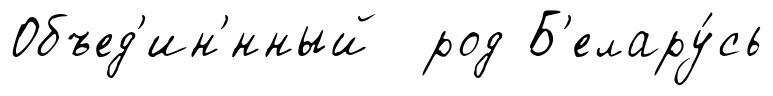
Объед'ин'́нный род Б'елару́сь